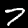
Label: 7